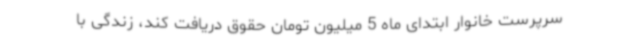
سرپرست خانوار ابتدای ماه 5 میلیون تومان حقوق دریافت کند، زندگی با